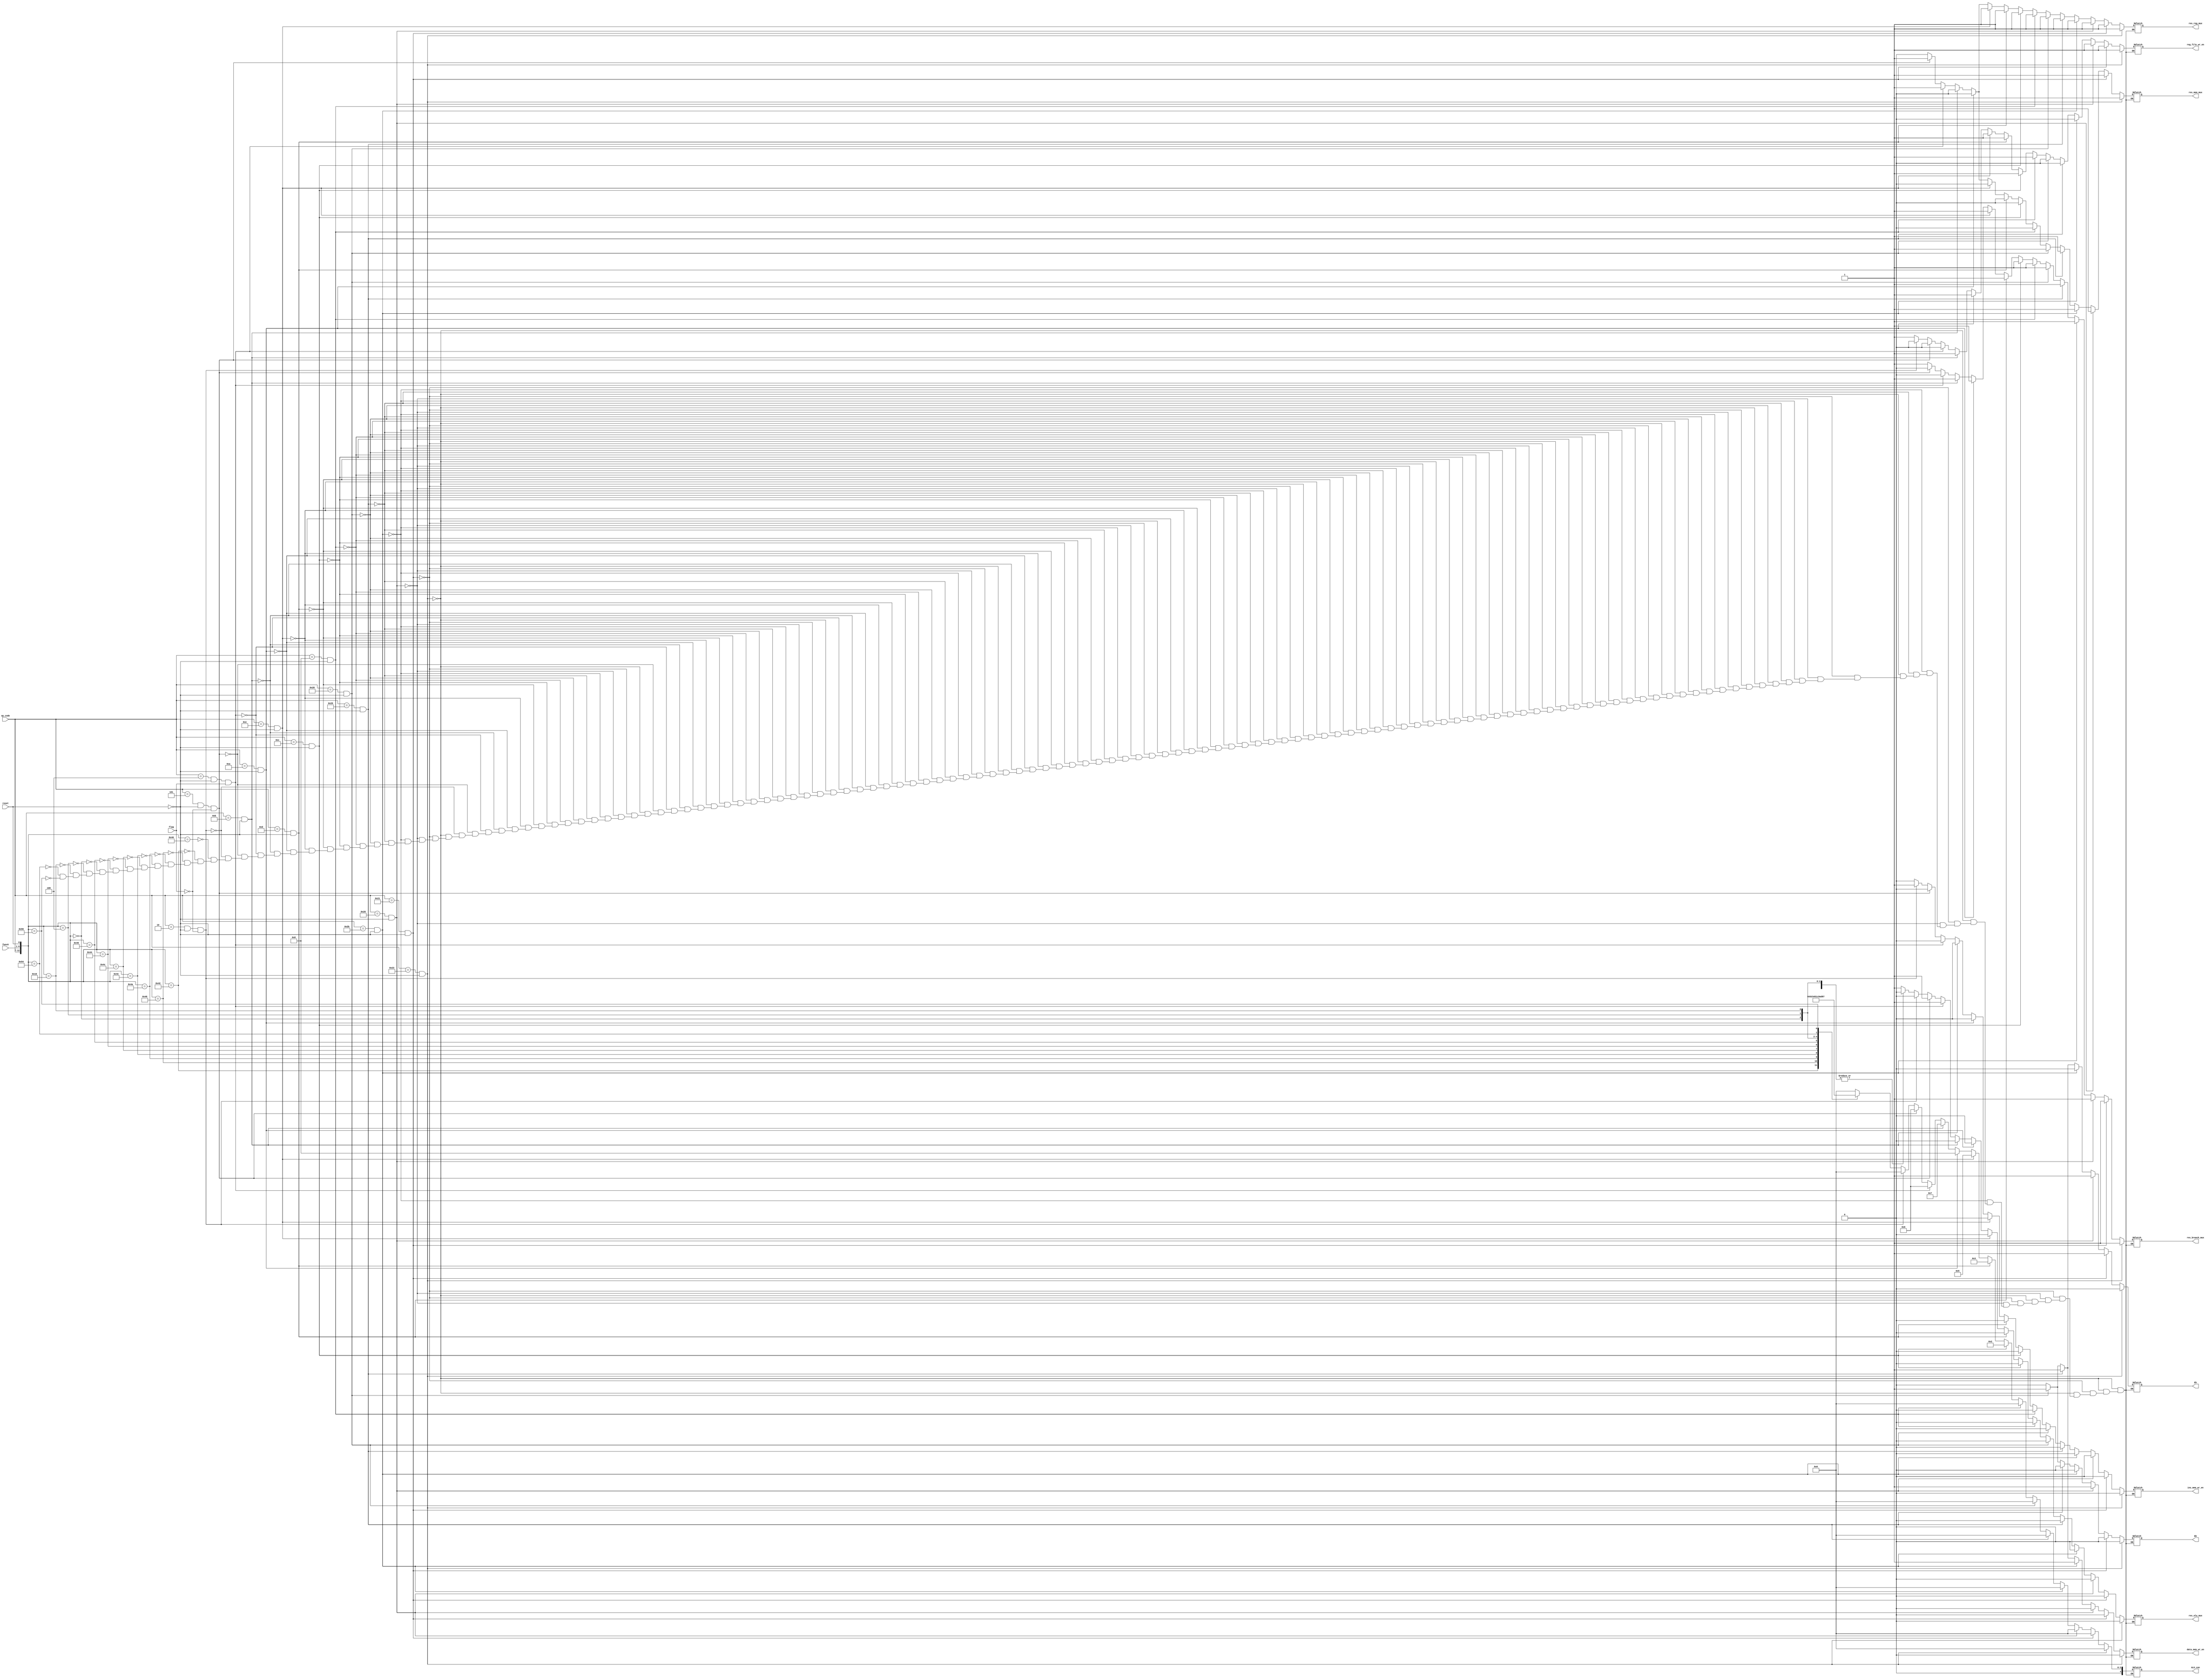
module control_unit(ins_mem_wr_en,res_reg_mux,reg_file_wr_en,res_alu_mux,ALU_con,res_mem_mux,data_mem_wr_en,res_branch_mux,op_code,func6,reset,flag,Eh,Eb);
output reg ins_mem_wr_en,res_reg_mux,reg_file_wr_en,res_alu_mux,res_mem_mux,data_mem_wr_en,res_branch_mux,Eh,Eb;
output reg [4:0]ALU_con;
input      [5:0]op_code,func6;
input      reset,flag;
always@(*)begin
//-------------------------------------------------------Load-------------------------------------------------------------					
if ((op_code==6'b1000_11)&(~reset))
					begin   ins_mem_wr_en=0;
							res_reg_mux=1;
							reg_file_wr_en=1;
							res_alu_mux=0;
							ALU_con=5'b00000;
							res_mem_mux=1;
							data_mem_wr_en=0;
							res_branch_mux=1;
							Eh=0;Eb=0;
					end
//-------------------------------------------------------Load_half-------------------------------------------------------------					
else if ((op_code==6'b1000_01)&(~reset))
					begin   ins_mem_wr_en=0;
							res_reg_mux=1;
							reg_file_wr_en=1;
							res_alu_mux=0;
							ALU_con=5'b00000;
							res_mem_mux=1;
							data_mem_wr_en=0;
							res_branch_mux=1;
							Eh=1;Eb=0;
					end
//-------------------------------------------------------Load_byte-------------------------------------------------------------					
else if ((op_code==6'b1000_00)&(~reset))
					begin   ins_mem_wr_en=0;
							res_reg_mux=1;
							reg_file_wr_en=1;
							res_alu_mux=0;
							ALU_con=5'b00000;
							res_mem_mux=1;
							data_mem_wr_en=0;
							res_branch_mux=1;
							Eh=1;Eb=1;
					end
//-------------------------------------------------------store-------------------------------------------------------------					
 else if ((op_code==6'b1010_11)&(~reset))
					begin   ins_mem_wr_en=0;
							res_reg_mux=1;
							reg_file_wr_en=0;
							res_alu_mux=0;
							ALU_con=5'b00000;
							res_mem_mux=1;
							data_mem_wr_en=1;
							res_branch_mux=1;
							Eh=0;Eb=0;
					end	 
//-------------------------------------------------------store_half-------------------------------------------------------------					
 else if ((op_code==6'b1010_01)&(~reset))
					begin   ins_mem_wr_en=0;
							res_reg_mux=1;
							reg_file_wr_en=0;
							res_alu_mux=0;
							ALU_con=5'b00000;
							res_mem_mux=1;
							data_mem_wr_en=1;
							res_branch_mux=1;
							Eh=1;Eb=0;
					end
//-------------------------------------------------------store_byte-------------------------------------------------------------					
 else if ((op_code==6'b1010_00)&(~reset))
					begin   ins_mem_wr_en=0;
							res_reg_mux=1;
							reg_file_wr_en=0;
							res_alu_mux=0;
							ALU_con=5'b00000;
							res_mem_mux=1;
							data_mem_wr_en=1;
							res_branch_mux=1;
							Eh=1;Eb=1;
					end					
//-------------------------------------------------------add_immediate-------------------------------------------------------------					
else if ((op_code==6'b0010_00)&(~reset))
					begin   ins_mem_wr_en=0;
							res_reg_mux=1;
							reg_file_wr_en=1;
							res_alu_mux=0;
							ALU_con=5'b00000;
							res_mem_mux=0;
							data_mem_wr_en=0;
							res_branch_mux=1;
							Eh=0;Eb=0;
					end	
//-------------------------------------------------------and_immediate-------------------------------------------------------------					
else if ((op_code==6'b0011_00)&(~reset))
					begin   ins_mem_wr_en=0;
							res_reg_mux=1;
							reg_file_wr_en=1;
							res_alu_mux=0;
							ALU_con=5'b00010;
							res_mem_mux=0;
							data_mem_wr_en=0;
							res_branch_mux=1;
							Eh=0;Eb=0;
						end	
//-------------------------------------------------------or_immediate-------------------------------------------------------------					
else if ((op_code==6'b0011_01)&(~reset))
					begin   ins_mem_wr_en=0;
							res_reg_mux=1;
							reg_file_wr_en=1;
							res_alu_mux=0;
							ALU_con=5'b00011;
							res_mem_mux=0;
							data_mem_wr_en=0;
							res_branch_mux=1;
							Eh=0;Eb=0;
					end						
//-------------------------------------------------------xor_immediate-------------------------------------------------------------					
else if ((op_code==6'b0011_10)&(~reset))
					begin   ins_mem_wr_en=0;
							res_reg_mux=1;
							reg_file_wr_en=1;
							res_alu_mux=0;
							ALU_con=5'b00101;
							res_mem_mux=0;
							data_mem_wr_en=0;
							res_branch_mux=1;
							Eh=0;Eb=0;
					end	
//-------------------------------------------------------set_on_lessthan_imm-------------------------------------------------------------					
else if ((op_code==6'b0010_10)&(~reset))
					begin 	ins_mem_wr_en=0;
							res_reg_mux=0;
							reg_file_wr_en=1;
							res_alu_mux=0;
							ALU_con=5'b01000;
							res_mem_mux=0;
							data_mem_wr_en=0;
							res_branch_mux=1;
							Eh=0;Eb=0;
					end	
//-------------------------------------------------------set_on_lessthan_imm_unsigned-------------------------------------------------------------					
else if ((op_code==6'b0010_11)&(~reset))
					begin 	ins_mem_wr_en=0;
							res_reg_mux=0;
							reg_file_wr_en=1;
							res_alu_mux=0;
							ALU_con=5'b00111;
							res_mem_mux=0;
							data_mem_wr_en=0;
							res_branch_mux=1;
							Eh=0;Eb=0;
					end	
//-------------------------------------------------------branch_equal-------------------------------------------------------------					
else if ((op_code==6'b0001_00)&(~reset)&(flag))
					begin  ins_mem_wr_en=0;
							res_reg_mux=1;
							reg_file_wr_en=0;
							res_alu_mux=1;
							ALU_con=5'b00110;
							res_mem_mux=1;
							data_mem_wr_en=0;
							res_branch_mux=0;
							Eh=0;Eb=0;
					end
//-------------------------------------------------------branch_notequal-------------------------------------------------------------					
else if ((op_code==6'b0001_01)&(~reset)&(~flag))
					begin  ins_mem_wr_en=0;
							res_reg_mux=1;
							reg_file_wr_en=0;
							res_alu_mux=1;
							ALU_con=5'b00110;
							res_mem_mux=1;
							data_mem_wr_en=0;
							res_branch_mux=0;
							Eh=0;Eb=0;
					end	
//-------------------------------------------------------jump-------------------------------------------------------------					
else if ((op_code==6'b0000_10)&(~reset)&(~flag))
					begin 	ins_mem_wr_en=1;
							res_reg_mux=0;
							reg_file_wr_en=0;
							res_alu_mux=0;
							ALU_con=5'b00000;
							res_mem_mux=0;
							data_mem_wr_en=0;
							res_branch_mux=1;
							Eh=0;Eb=0;
					end						
else					
case({op_code,func6,reset})
//-------------------------------------------------------ADD-------------------------------------------------------------
13'b0000_0010_0000_0:begin  ins_mem_wr_en=0;
						    res_reg_mux=0;
						    reg_file_wr_en=1;
							res_alu_mux=1;
							ALU_con=5'b00000;
							res_mem_mux=0;
							data_mem_wr_en=0;
							res_branch_mux=1;
							Eh=0;Eb=0;
					end
//-------------------------------------------------------add_unsigned-------------------------------------------------------------
13'b0000_0010_0001_0:begin  ins_mem_wr_en=0;
						    res_reg_mux=0;
						    reg_file_wr_en=1;
							res_alu_mux=1;
							ALU_con=5'b01011;
							res_mem_mux=0;
							data_mem_wr_en=0;
							res_branch_mux=1;
							Eh=0;Eb=0;
					end
//-------------------------------------------------------AND-------------------------------------------------------------
13'b0000_0010_0100_0:begin  ins_mem_wr_en=0;
						    res_reg_mux=0;
						    reg_file_wr_en=1;
							res_alu_mux=1;
							ALU_con=5'b00010;
							res_mem_mux=0;
							data_mem_wr_en=0;
							res_branch_mux=1;
							Eh=0;Eb=0;
					end
//-------------------------------------------------------OR-------------------------------------------------------------
13'b0000_0010_0101_0:begin  ins_mem_wr_en=0;
						    res_reg_mux=0;
						    reg_file_wr_en=1;
							res_alu_mux=1;
							ALU_con=5'b00011;
							res_mem_mux=0;
							data_mem_wr_en=0;
							res_branch_mux=1;
							Eh=0;Eb=0;
					end
//-------------------------------------------------------NOR-------------------------------------------------------------
13'b0000_0010_0111_0:begin  ins_mem_wr_en=0;
						    res_reg_mux=0;
						    reg_file_wr_en=1;
							res_alu_mux=1;
							ALU_con=5'b00100;
							res_mem_mux=0;
							data_mem_wr_en=0;
							res_branch_mux=1;
							Eh=0;Eb=0;
					end	
//-------------------------------------------------------xOR-------------------------------------------------------------
13'b0000_0010_0110_0:begin  ins_mem_wr_en=0;
						    res_reg_mux=0;
						    reg_file_wr_en=1;
							res_alu_mux=0;
							ALU_con=5'b00101;
							res_mem_mux=0;
							data_mem_wr_en=0;
							res_branch_mux=1;
							Eh=0;Eb=0;
					end									
//-------------------------------------------------------sub-------------------------------------------------------------					
13'b0000_0010_0010_0:begin 	ins_mem_wr_en=0;
							res_reg_mux=0;
							reg_file_wr_en=1;
							res_alu_mux=1;
							ALU_con=5'b00001;
							res_mem_mux=0;
							data_mem_wr_en=0;
							res_branch_mux=1;
							Eh=0;Eb=0;
					end
//-------------------------------------------------------sub_unsigned-------------------------------------------------------------					
13'b0000_0010_0011_0:begin 	ins_mem_wr_en=0;
							res_reg_mux=0;
							reg_file_wr_en=1;
							res_alu_mux=1;
							ALU_con=5'b01100;
							res_mem_mux=0;
							data_mem_wr_en=0;
							res_branch_mux=1;
							Eh=0;Eb=0;
					end
//-------------------------------------------------------shift_left_logical-------------------------------------------------------------					
13'b0000_0000_0000_0:begin 	ins_mem_wr_en=0;
							res_reg_mux=0;
							reg_file_wr_en=1;
							res_alu_mux=0;
							ALU_con=5'b01001;
							res_mem_mux=0;
							data_mem_wr_en=0;
							res_branch_mux=1;
							Eh=0;Eb=0;
					end
//-------------------------------------------------------shift_right_logical-------------------------------------------------------------					
13'b0000_0000_0010_0:begin 	ins_mem_wr_en=0;
							res_reg_mux=0;
							reg_file_wr_en=1;
							res_alu_mux=0;
							ALU_con=5'b01010;
							res_mem_mux=0;
							data_mem_wr_en=0;
							res_branch_mux=1;
							Eh=0;Eb=0;
					end

//-------------------------------------------------------shift_right_arithmetic-------------------------------------------------------------					
13'b0000_0000_1011_0:begin 	ins_mem_wr_en=0;
							res_reg_mux=0;
							reg_file_wr_en=1;
							res_alu_mux=0;
							ALU_con=5'b01101;
							res_mem_mux=0;
							data_mem_wr_en=0;
							res_branch_mux=1;
							Eh=0;Eb=0;
					end

//-------------------------------------------------------set_on_lessthan-------------------------------------------------------------					
13'b0000_0010_1010_0:begin 	ins_mem_wr_en=0;
							res_reg_mux=0;
							reg_file_wr_en=1;
							res_alu_mux=1;
							ALU_con=5'b01000;
							res_mem_mux=0;
							data_mem_wr_en=0;
							res_branch_mux=1;
							Eh=0;Eb=0;
					end
//-------------------------------------------------------set_on_lessthan_unsigned-------------------------------------------------------------					
13'b0000_0010_1011_0:begin 	ins_mem_wr_en=0;
							res_reg_mux=0;
							reg_file_wr_en=1;
							res_alu_mux=1;
							ALU_con=5'b00111;
							res_mem_mux=0;
							data_mem_wr_en=0;
							res_branch_mux=1;
							Eh=0;Eb=0;
					end					

default:;
endcase
end

endmodule